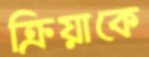
ক্রিয়াকে